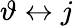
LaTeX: \vartheta\leftrightarrow j